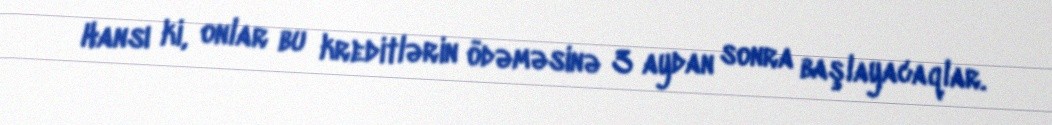
Hansı ki, onlar bu kreditlərin ödəməsinə 3 aydan sonra başlayacaqlar.